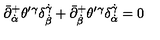
\bar { \partial } _ { \dot { \alpha } } ^ { + } \theta ^ { \prime } { } ^ { \gamma } \delta _ { \dot { \beta } } ^ { \dot { \gamma } } + \bar { \partial } _ { \dot { \beta } } ^ { + } \theta ^ { \prime } { } ^ { \gamma } \delta _ { \dot { \alpha } } ^ { \dot { \gamma } } = 0